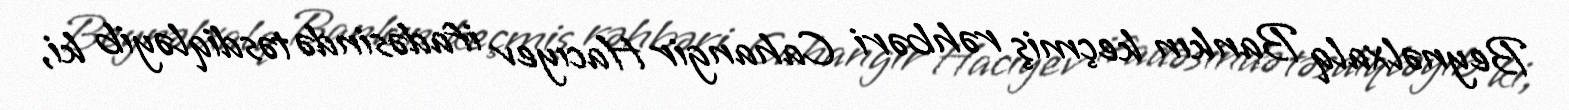
Beynəlxalq Bankın keçmiş rəhbəri Cahangir Hacıyev ifadəsində təsdiqləyib ki,